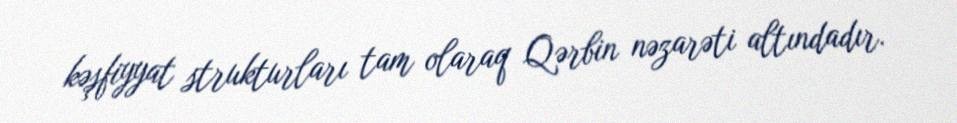
kəşfiyyat strukturları tam olaraq Qərbin nəzarəti altındadır.